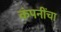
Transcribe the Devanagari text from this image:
कंपनींचा